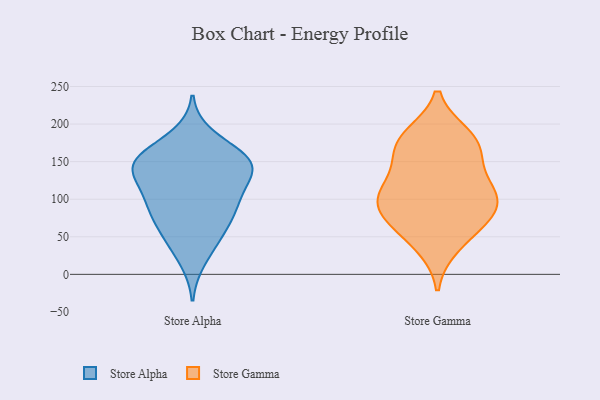
{"axis": {"x": "Backlog", "y": "Value"}, "legend": ["Store Alpha", "Store Gamma"], "data": [{"x": "", "y": 56, "type": "Store Alpha"}, {"x": "", "y": 93, "type": "Store Alpha"}, {"x": "", "y": 141, "type": "Store Alpha"}, {"x": "", "y": 44, "type": "Store Alpha"}, {"x": "", "y": 61, "type": "Store Alpha"}, {"x": "", "y": 140, "type": "Store Alpha"}, {"x": "", "y": 184, "type": "Store Alpha"}, {"x": "", "y": 140, "type": "Store Alpha"}, {"x": "", "y": 82, "type": "Store Alpha"}, {"x": "", "y": 19, "type": "Store Alpha"}, {"x": "", "y": 103, "type": "Store Alpha"}, {"x": "", "y": 137, "type": "Store Alpha"}, {"x": "", "y": 166, "type": "Store Alpha"}, {"x": "", "y": 150, "type": "Store Alpha"}, {"x": "", "y": 155, "type": "Store Alpha"}, {"x": "", "y": 154, "type": "Store Alpha"}, {"x": "", "y": 92, "type": "Store Alpha"}, {"x": "", "y": 98, "type": "Store Alpha"}, {"x": "", "y": 132, "type": "Store Alpha"}, {"x": "", "y": 144, "type": "Store Gamma"}, {"x": "", "y": 105, "type": "Store Gamma"}, {"x": "", "y": 84, "type": "Store Gamma"}, {"x": "", "y": 112, "type": "Store Gamma"}, {"x": "", "y": 38, "type": "Store Gamma"}, {"x": "", "y": 165, "type": "Store Gamma"}, {"x": "", "y": 73, "type": "Store Gamma"}, {"x": "", "y": 96, "type": "Store Gamma"}, {"x": "", "y": 176, "type": "Store Gamma"}, {"x": "", "y": 89, "type": "Store Gamma"}, {"x": "", "y": 179, "type": "Store Gamma"}, {"x": "", "y": 184, "type": "Store Gamma"}, {"x": "", "y": 56, "type": "Store Gamma"}, {"x": "", "y": 118, "type": "Store Gamma"}]}